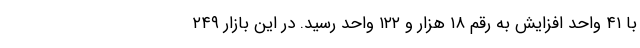
با ۴۱ واحد افزایش به رقم ۱۸ هزار و ۱۲۲ واحد رسید. در این بازار ۲۴۹